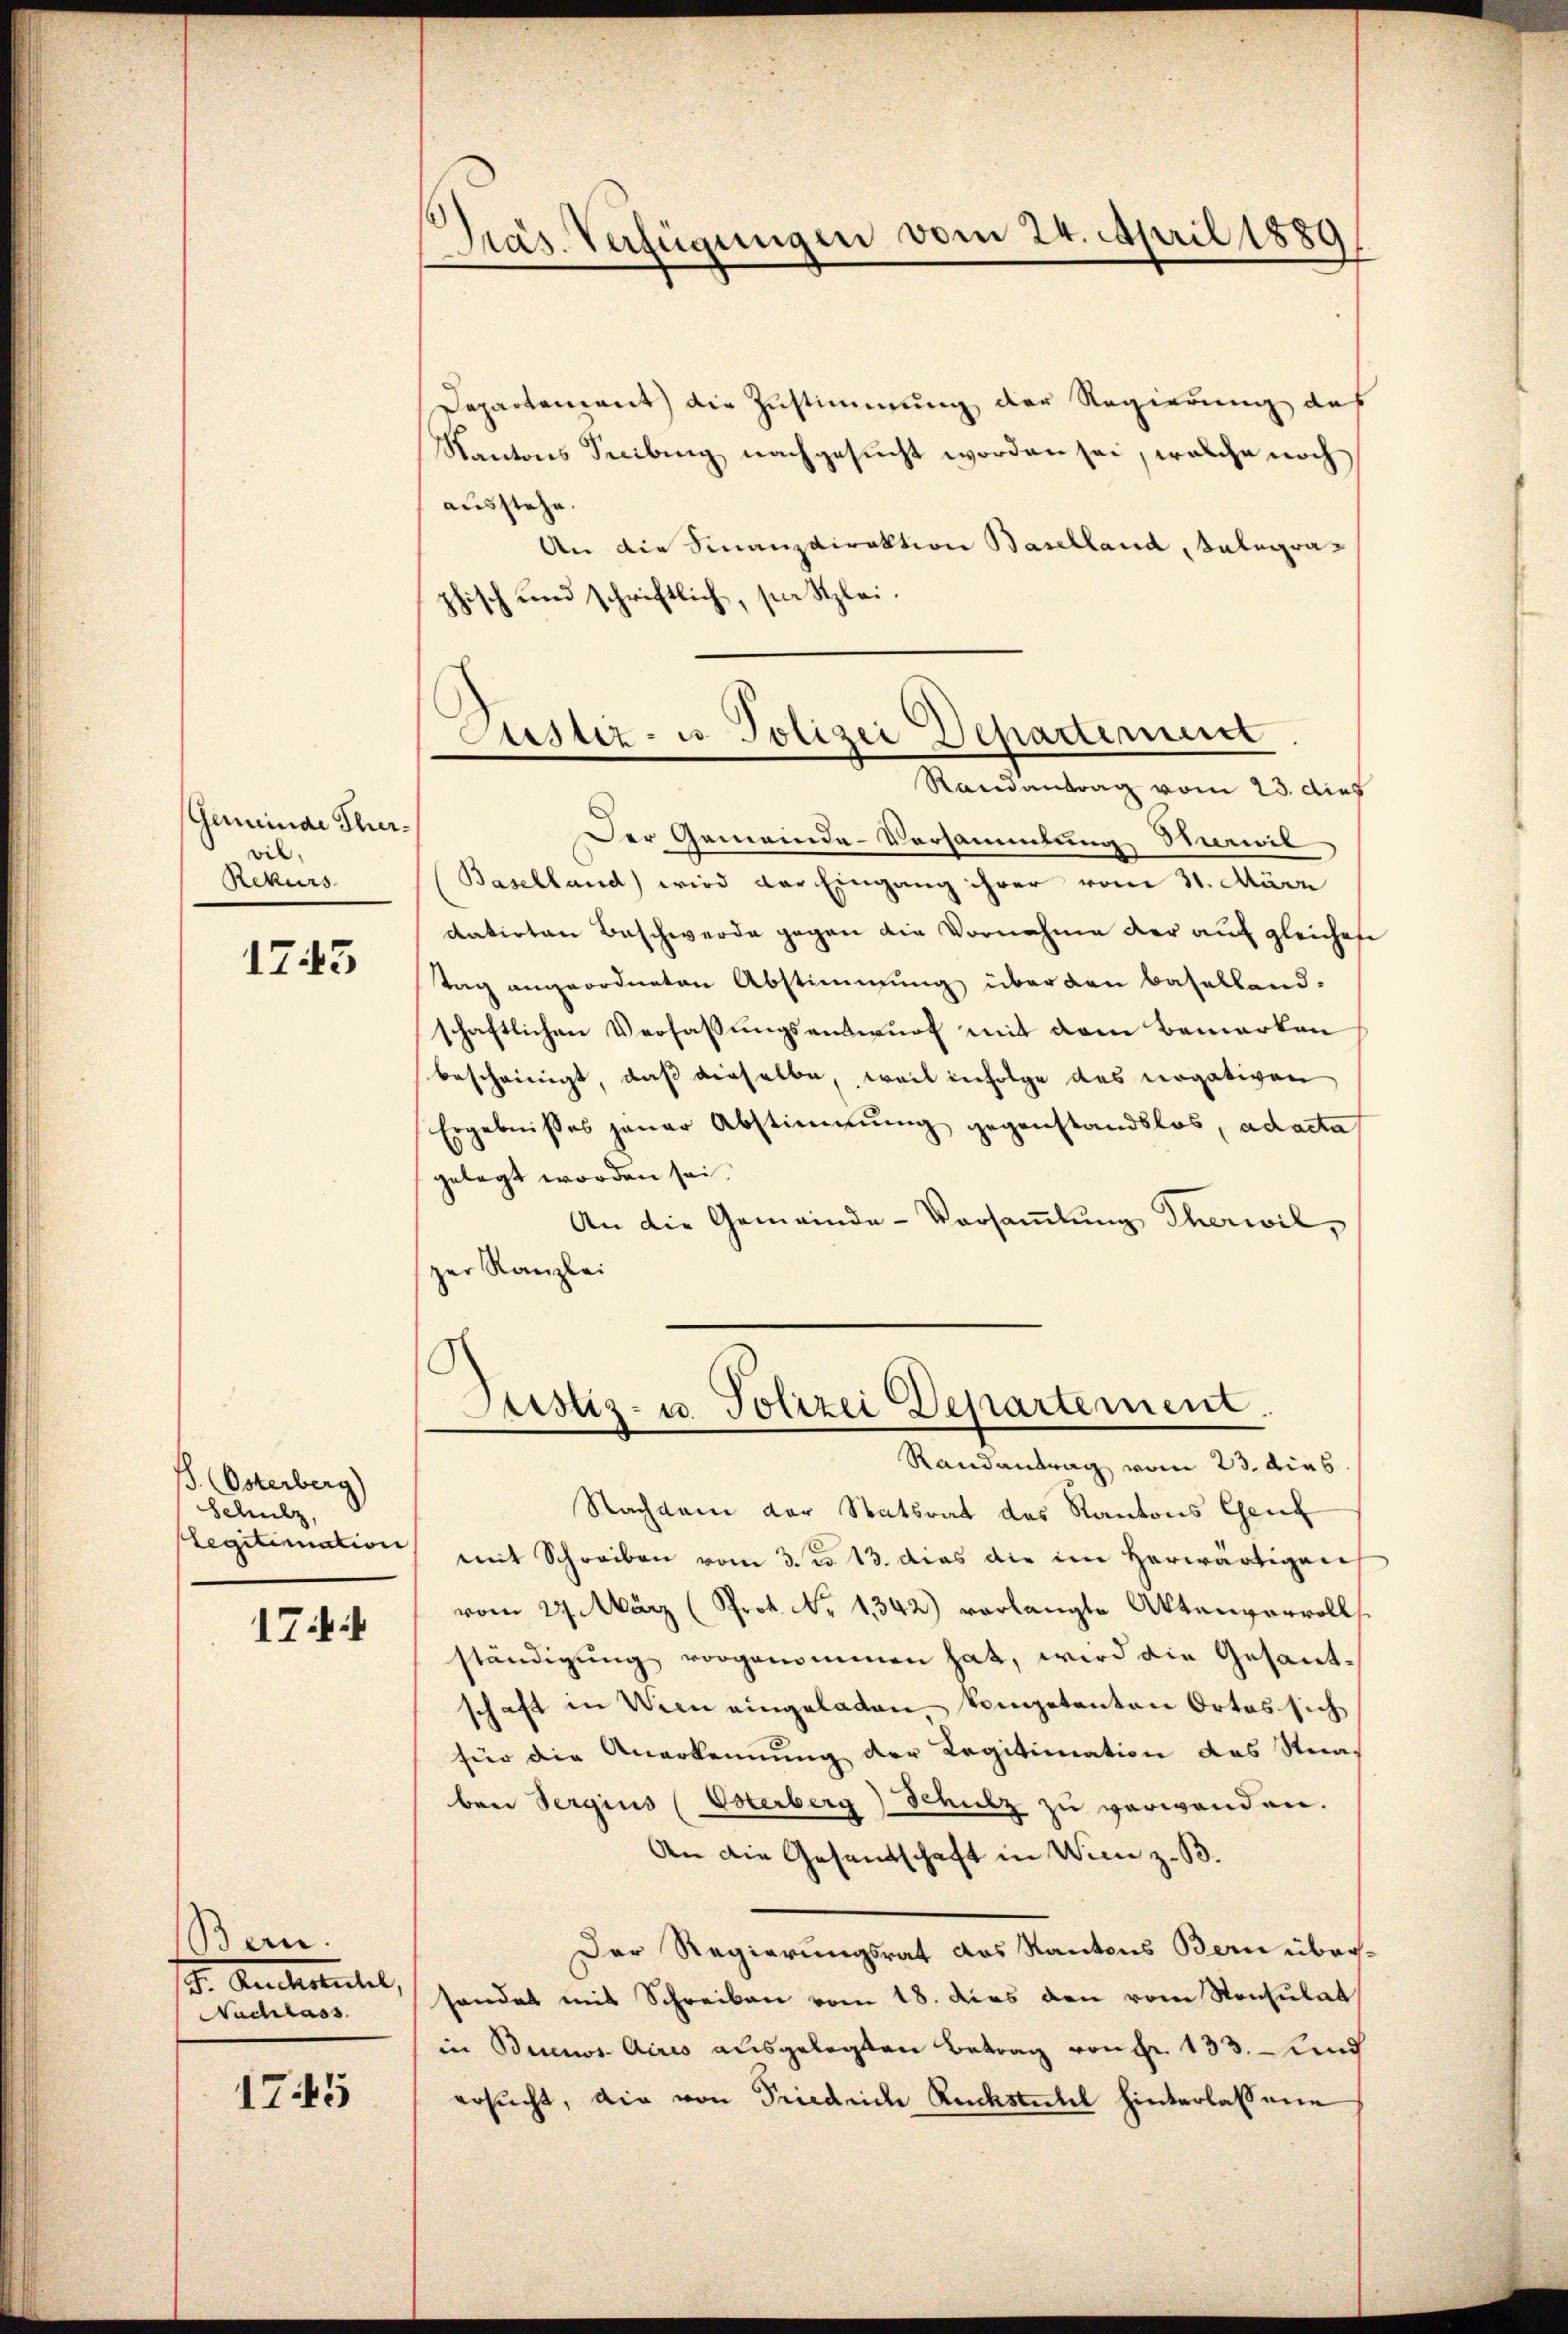
Gemeinde Thervil.
Rekurs

1745

B. Osterberg)
Schulz,
legitimation

174

Bern.
F. Ruchstuhl,
Nachlass

1745

Pras Verfügungen vom 24. April 1889

Departement die Zustimmung der Regierung des
Kantons Secibung nachgesucht worden sei, welche noch
ausstehe.
An die Finanzdirektion Baselland, Kalegraphisch und schriftlich, sie Klei¬
Randantrag vom 23. dies
Der Gemeinde-Vorsammlung Simil
Baselland) wird der Eingang ihrer vom 31. März
datirten Beschwerde gegen die Vornahme der auf gleichefe
Tag angeordneten Abstimmung über den Baselland-
schaftlichen Verfassungsentwurf mit dem Bemerken
bescheinigt, daß dieselbe, weil infolge des vergativen
Ergebnisses jener Abstimmung gegenstandslos, ad acta
gelegt worden sei.
An die Gemeinde-Versaṁlŭng Therwil,
zer Kanzlei
Justiz- u. Polizei Departement
Randantrag vom 23. Dieb
Nachdem der Statsrat des Kantons Gene
mit Schreiben vom 3. d. 13. dies die im herwärtigen
vom 27. März (Prot. Nr. 1342) verlangte Aktenvervoll
ständigung vorgenommen hat, wird die Gesantschaft in Wien eingeladen kompetenten Ortes sich
für die Anerkennung der Legitimation das Straben Sergius (Voterberg) Schulz zu verwenden.
An die Gesandschaft in Wien z. B.
Der Regierungsrat das Kantons Bern überhandet mit Schreiben vom 18. dies den vom Konsulat
in Buenos Aires ausgelegten Betrag von Fr. 133. und
ersucht, die von Friedrich Rückstuhl hinterlassene

Justiz- u. Polizei Departement